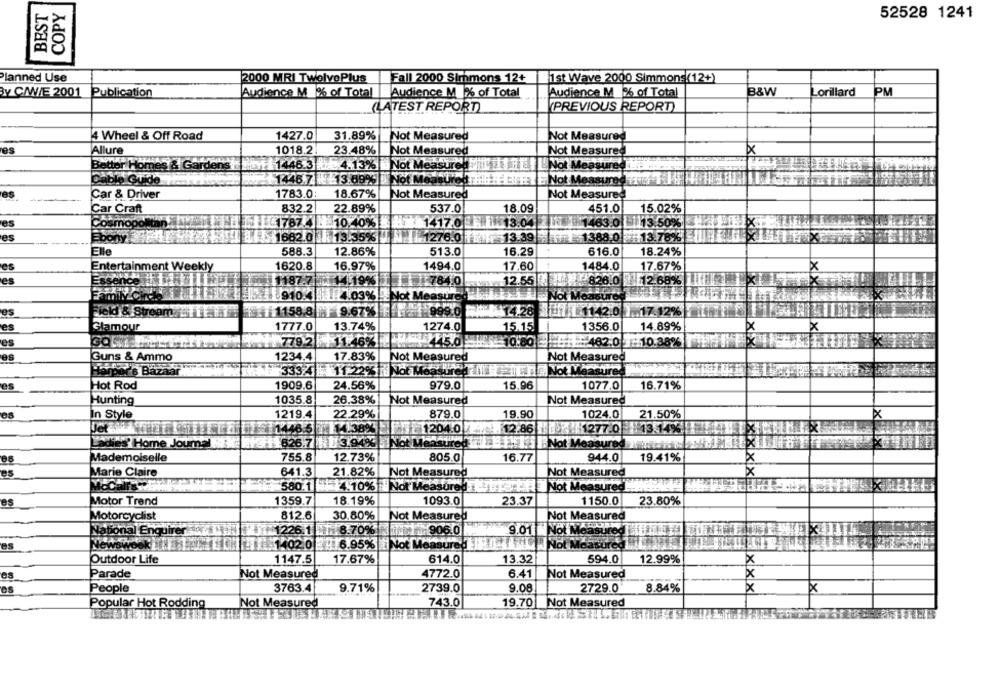
BEST
COPY
52528 1241
Planned Use
2000 MRI TwelvePlus
Fall 2000 Simmons 12+
1st Wave 2000 Simmons(12+)
By C/WVIE 2001 Publication
Audience M % of Total
Audience M % of Total
Audience M % of Total
B&W
Lorillard
PM
LATEST REPORT
(PREVIOUS REPORT)
4 Wheel & Off Road
1427.0
31.89% Not Measured
Not Measured
es
Allure
1018.2
23.48% Not Measured
Not Measured
Better Homes & Gardens
1446.3 . 4.13%
Not Measure Thit
Not Measure Mi
E3 69% Not Measured
Cable Guide
1446.71
E Not Measured
1783.0:
18.67%|
Not Measured
Car & Driver
Not Measured
832.2
22.89%
18.09
Car Craft
537.0
451.0
15.02%
es
Cosmopolit
17787.
10.40% . 1417.0 E 81 13.04
1463.0 | 13.50%
es
ALL 662 0 13.35% IN 1276.0
13.39
1388.0 113.789
Elle
588.3
12.86%
513.0
16.29
616.0
18.24%
es
Entertainment Weekly
1620.8
16.97%
1494.0
17.60
1484.0
17.67%
es
1187.7
1.784.0
12.55
826.0
12.689
1910.4
4.03%
ENot Measur
Mez
es
1158.8
9.67%7
14.28
Field & St
99.0
L1142.0
#17.12
e's
Glamour
1777.0
13.74%
1274.0
15.15
1356.0
14.89%
779.2
11.46%
150 1 10:80 :: : 462.0 1:10.38%
Guns & Ammo
1234.4
17.83%
Not Measured
Not Measured
chef's Bazaar
3334 11:2293 Not Measured TO:
Not Measure
es
Hot Rod
1909.6
24.56%
979.0
15.96
1077.0
16.71%
Hunting
1035.8
26.38%
Not Measured
Not Measured
In Style
1219.4
22.29%
879.0
19.90
1024.0
21.50%
12.86
1277 0 13 14%
1446.5 14.389%
E32204.0
1626.7 11/3.94% Not Mere 1 11
die's' Home Journal
Not Measure
755.8
12.73%
805.0
16.77
19.41%
Mademoiselle
944.0
es
Marie Claire
641.3
21.82%
Not Measured
Not Measured
Ixix
580.1 4.10% Not Measured JU
Not Measured
Motor Trend
1359.7
18.19%
1093.0
23.37
1150.0
23.80%
Motorcyclist
812.6
30.80%
Not Measured
Not Measured
National Enqu
1226.1
1226.1 . 8.70%
1 906.0
9.01 Not Measur
es
Newswool
6.95% Not Measure! !!!!
Not Measured
Outdoor Life
1147.5
17.67%
614.0
13.32
594.0
12.99%
×
Parade
Not Measured
4772.0
6.41
Not Measured
×
es
People
3763.4
9.71%
9.08
2729.0'
8.84%
2739.0
x
x
Popular Hot Rodding
Not Measured
743.0
19.70
Not Measured